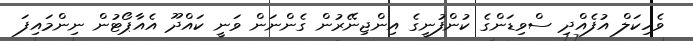
ވެހިކަލް އުފެއްދި ސްވިޑަންގެ ކުންފުނީގެ އިންޖިނޭރުން ގެންނަން ވަނީ ކައްދޫ އެއާޕޯޓުން ނިންމައިފަ